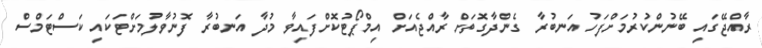
ރާއްޖޭގައި ބޭނުންކުރުމަށްފަހު އަނބުރާ ގެންދާގޮތަށް ރާއްޖެއަށް އިމްޕޯޓުކޮށްފައިވާ މުދާ އަނބުރާ ފޮނުވާލުމަށްޓަކައި ކަސްޓަމްސް